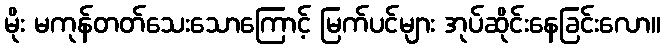
မိုး မကုန်တတ်သေးသောကြောင့် မြက်ပင်များ အုပ်ဆိုင်းနေခြင်းလော။